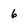
Character: 6